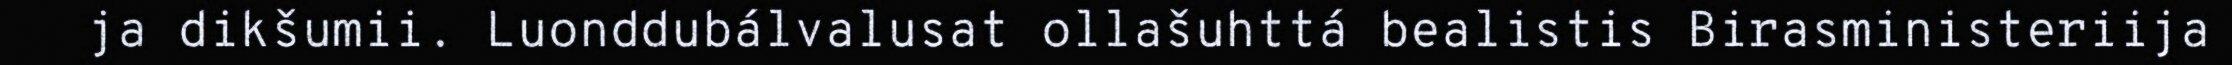
ja dikšumii. Luonddubálvalusat ollašuhttá bealistis Birasministeriija